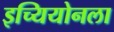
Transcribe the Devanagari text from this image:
इच्यियोनला